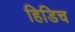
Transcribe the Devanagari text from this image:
हिडिच